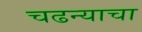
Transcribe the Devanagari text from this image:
चढन्याचा